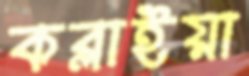
কব্‌লাইয়া